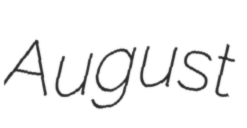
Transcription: August